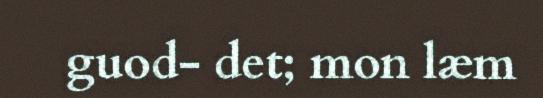
guod- det; mon læm